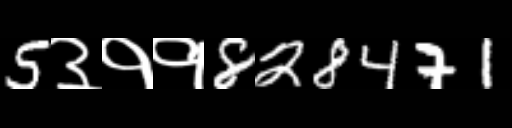
Text: 5३११828471